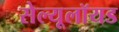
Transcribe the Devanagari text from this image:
सेल्यूलॉयड